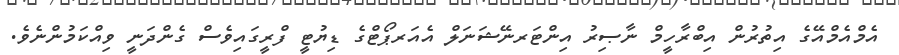
އެމްއެމްއޭގެ އިތުރުން އިބްރާހީމް ނާޞިރު އިންޓަރނޭޝަނަލް އެއަރޕޯޓްގެ ޑިޔުޓީ ފްރީގައިވެސް ގެންދަނީ ވިއްކަމުންނެވެ.